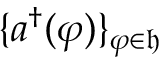
\{ a ^ { \dag } ( \varphi ) \} _ { \varphi \in \mathfrak { h } }